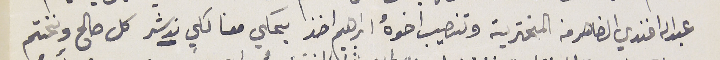
عبدالله افندي الضاهر من المخترية وتنصيب اخوهُ ابراهم اخذ يحكي معنا لكي ندشر كل صالح ونختم